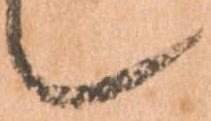
候